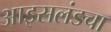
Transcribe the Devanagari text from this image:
आइसलंडचा